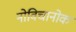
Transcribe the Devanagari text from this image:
नोविचानोक